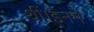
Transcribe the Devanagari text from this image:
थीं।इनमें